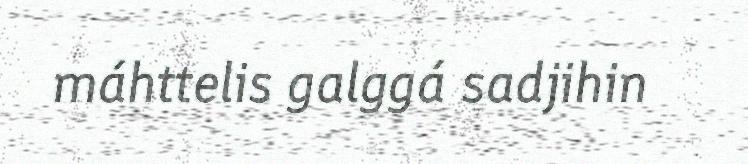
máhttelis galggá sadjihin